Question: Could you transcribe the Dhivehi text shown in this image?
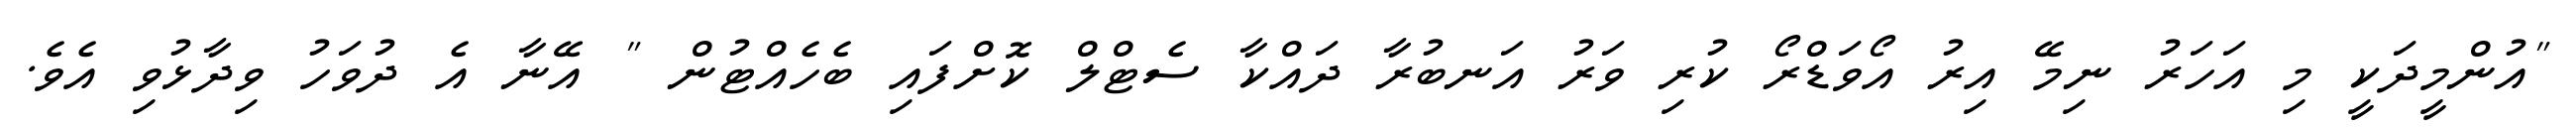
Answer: "އުންމީދަކީ މި އަހަރު ނިމޭ އިރު އޯވަޑްރޯ ކުރި ވަރު އަނބުރާ ދައްކާ ސެޓްލް ކޮށްފައި ބެހެއްޓުން " އޭނާ އެ ދުވަހު ވިދާޅުވި އެވެ.